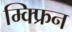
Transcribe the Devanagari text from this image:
म्क्फ्रिन